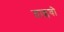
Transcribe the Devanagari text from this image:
ताइवो